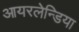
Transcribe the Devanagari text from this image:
आयरलेन्डिया